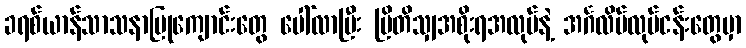
ခရစ်ယာန်သာသနာပြုကျောင်းတွေ ပေါ်လာပြီး ဗြိတိသျှအစိုးရအလုပ်နဲ့ အင်္ဂလိပ်လုပ်ငန်းတွေမှာ